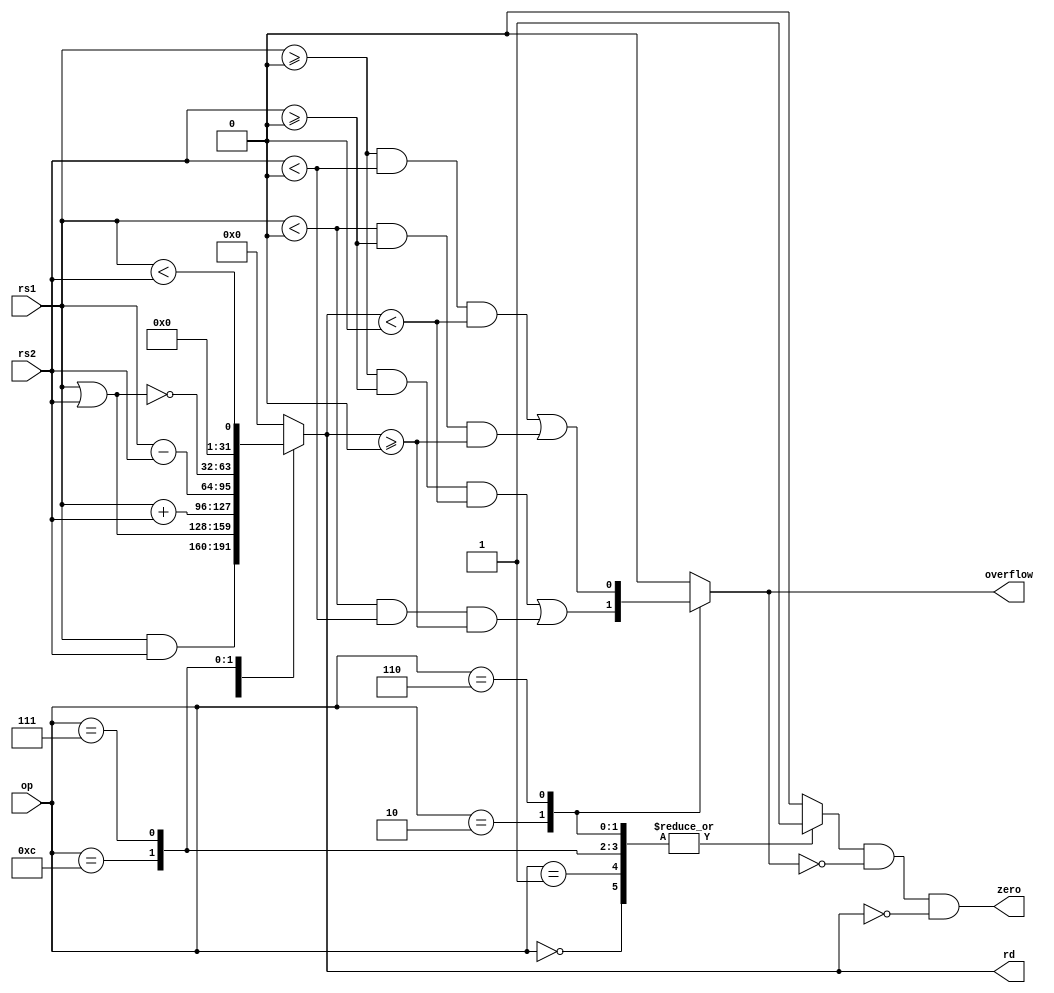
module alu #(parameter DWIDTH = 32)
(
    input [3 : 0] op,           // Operation to perform.
    input signed [DWIDTH-1 : 0] rs1,   // Input data #1.
    input signed [DWIDTH-1 : 0] rs2,   // Input data #2.
    output reg signed [DWIDTH-1 : 0] rd,   // Result of computation.
    output zero,                // zero = 1 if rd is 0, 0 otherwise.
    output overflow             // overflow = 1 if overflow happens.
);

    localparam [3:0] OP_AND = 4'b0000,
                     OP_OR  = 4'b0001,
                     OP_ADD = 4'b0010,
                     OP_SUB = 4'b0110,
                     OP_NOR = 4'b1100,
                     OP_SLT = 4'b0111;

    reg valid;
    always @(*) begin
        casez (op)
            OP_AND,
            OP_OR ,
            OP_ADD,
            OP_SUB,
            OP_NOR,
            OP_SLT:
                valid = 1;
            default:
                valid = 0;
        endcase
    end

    assign zero = valid && ~overflow && rd == 0;

    always @(*) begin
        casez (op)
            OP_AND: rd = rs1 & rs2;
            OP_OR : rd = rs1 | rs2;
            OP_ADD: rd = rs1 + rs2;
            OP_SUB: rd = rs1 - rs2;
            OP_NOR: rd = ~(rs1 | rs2);
            OP_SLT: rd = { {(DWIDTH-1){ 1'h0 }}, rs1 < rs2 };
            default: rd = 0;
        endcase
    end

    always @(*) begin
        casez (op)
            OP_ADD:
                overflow = (rs1 >= 0 && rs2 >= 0 && rd < 0) || (rs1 < 0 && rs2 < 0 && rd >= 0);
            OP_SUB:
                overflow = (rs1 >= 0 && rs2 < 0 && rd < 0) || (rs1 < 0 && rs2 >= 0 && rd >= 0);
            default:
                overflow = 0;
        endcase
    end

endmodule